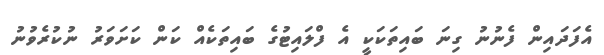
އެފަދައިން ފެނުނު ގިނަ ބައިތަކަކީ އެ ފްލައިޓުގެ ބައިތަކެއް ކަން ކަށަވަރު ނުކުރެވުނު